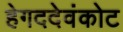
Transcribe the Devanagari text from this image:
हेगददेवंकोट